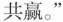
共赢。”